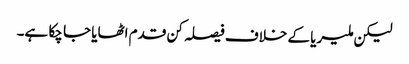
لیکن ملیریا کے خلاف فیصلہ کن قدم اٹھایا جا چکا ہے۔